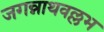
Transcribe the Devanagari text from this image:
जगन्नाथवल्लभ